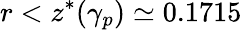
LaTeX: r<z^{*}(\gamma_{p})\simeq 0.1715